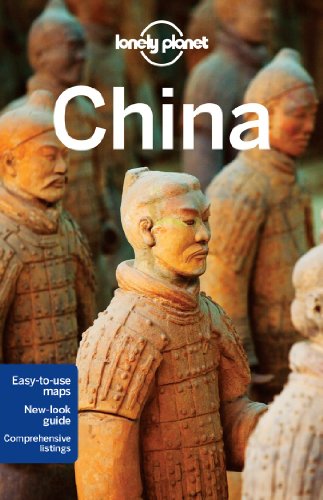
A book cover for Lonely Planet China (Travel Guide); Shawn Low; Travel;